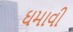
ઘમાવી